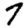
Digit: 7